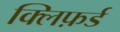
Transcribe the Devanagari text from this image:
क्लिफ़र्ड